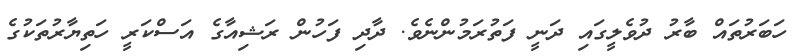
ހަބަރުތައް ބާރު ދުވެލީގައި ދަނީ ފަތުރަމުންނެވެ. ދާދި ފަހުން ރަޝިއާގެ އަސްކަރީ ހަތިޔާރުތަކުގެ